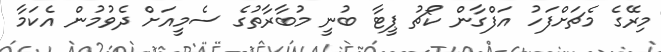
މިރޭގެ މެޗަށްފަހު އަފްގާން ކޯޗު ޕީޓާ ބުނީ މުބާރާތުގެ ސެމީއަށް ދެވުމުން އެކަމާ